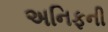
અનિફની